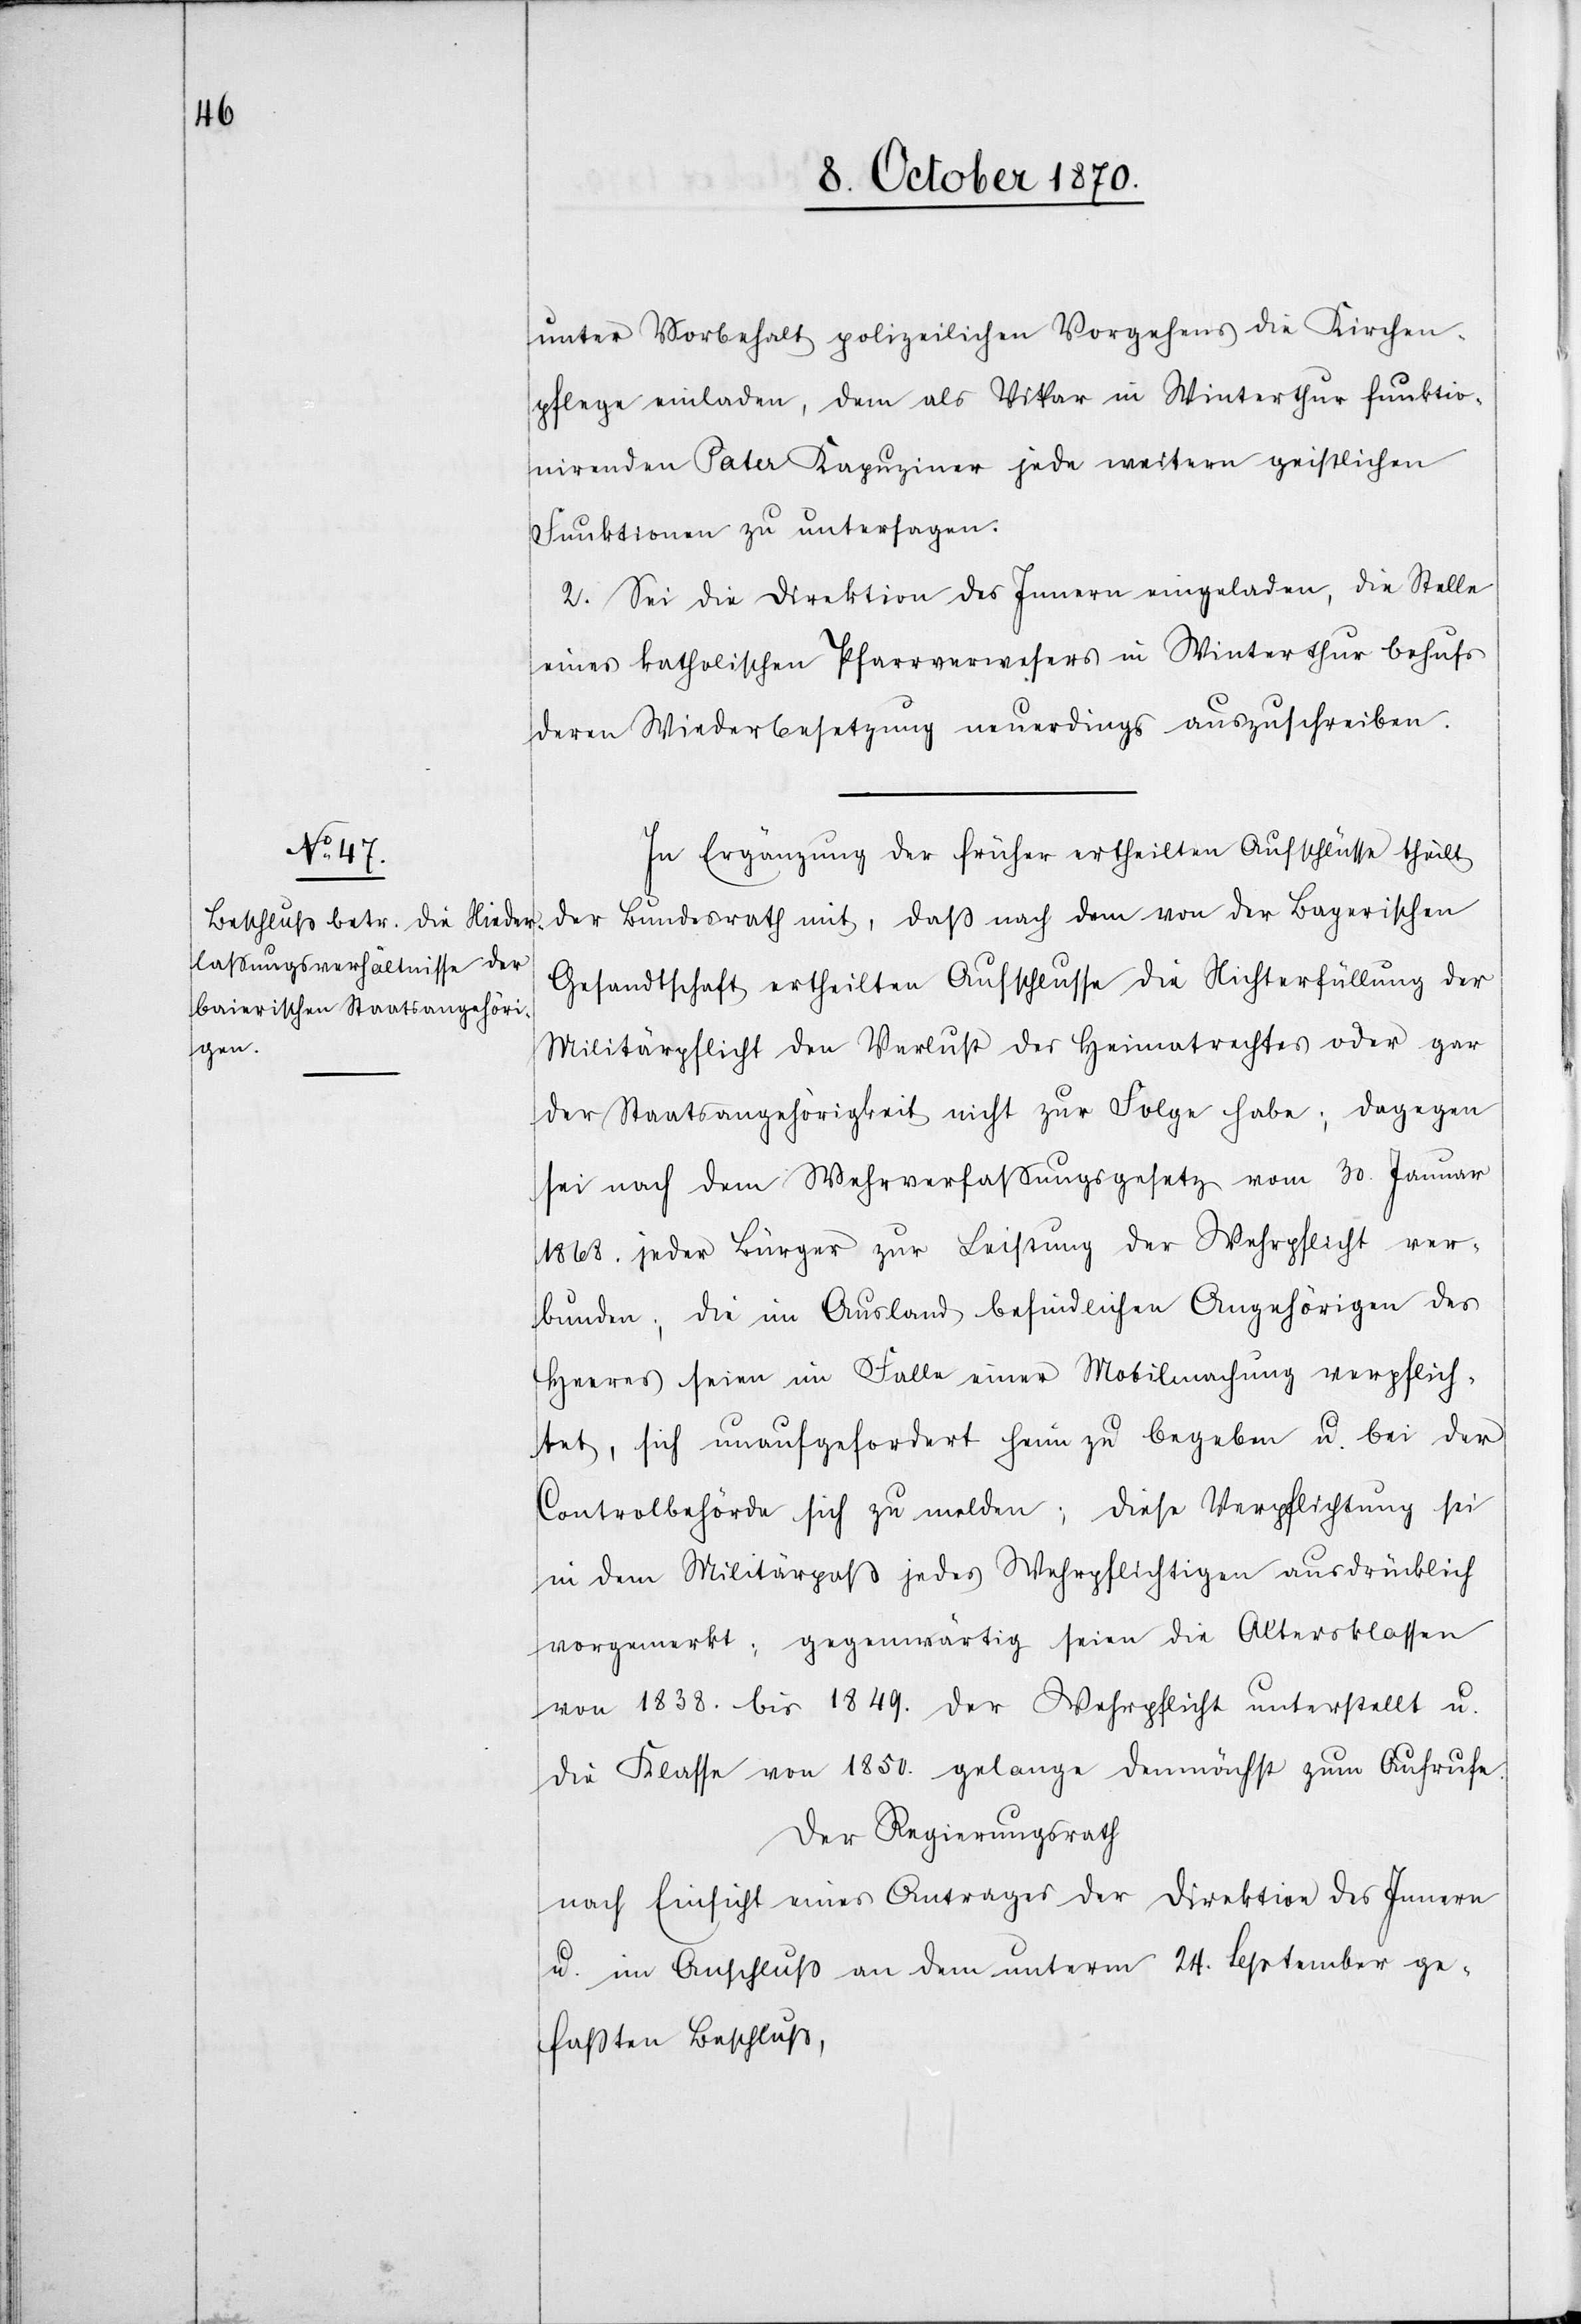
unter Vorbehalt polizeilichen Vorgehens die Kirchen¬
pflege einladen, dem als Vikar in Winterthur funktio¬
nirenden Pater Kapuziner jede weitern geistlichen
Funktionen zu untersagen.
2. Sei die Direktion des Innern eingeladen, die Stelle
eines katholischen Pfarrverwesers in Winterthur behufs
deren Wiederbesetzung neuerdings auszuschreiben.
In Ergänzung der früher ertheilten Aufschlüsse theilt
der Bundesrath mit, daß nach dem von der Bayerischen
Gesandtschaft ertheilten Aufschlusse die Nichterfüllung der
Militärpflicht den Verlust des Heimatrechtes oder gar
der Staatsangehörigkeit nicht zur Folge habe; dagegen
sei nach dem Wehrverfaßungsgesetz vom 30. Januar
1868. jeder Bürger zur Leistung der Wehrpflicht ver¬
bunden; die im Ausland befindlichen Angehörigen des
Heeres seien im Falle einer Mobilmachung verpflich¬
tet, sich unaufgefordert heim zu begeben u. bei der
Controlbehörde sich zu melden; diese Verpflichtung sei
in dem Militärpaß jedes Wehrpflichtigen ausdrücklich
vorgemerkt: gegenwärtig seien die Altersklassen
von 1838. bis 1849. der Wehrpflicht unterstellt u.
die Klasse von 1859, gelange demnächst zum Aufrufe.
Der Regierungsrath
nach Einsicht eines Antrages der Direktion des Innern
u. im Anschluß an den unterm 24. September ge¬
faßten Beschluß,